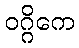
ဝဂ္ဂိကေ